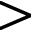
>